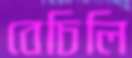
বেচিলি